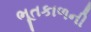
ભૂતકાળની